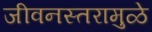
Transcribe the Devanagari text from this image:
जीवनस्तरामुळे